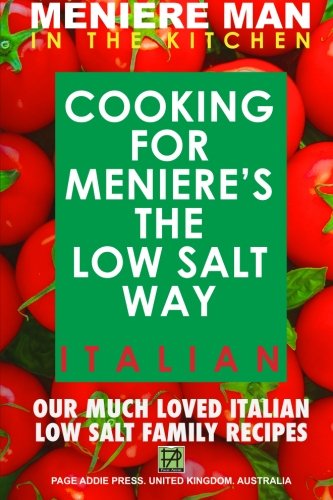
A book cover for Meniere Man In The Kitchen. COOKING FOR MENIERE'S THE LOW SALT WAY.  ITALIAN. (Volume 2); Meniere Man; Cookbooks, Food & Wine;